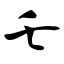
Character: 乇